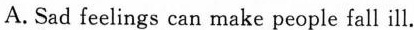
A. Sad feelings can make people fall ill.